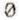
0